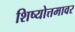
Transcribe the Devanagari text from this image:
शिष्योत्तमावर